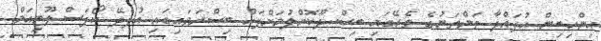
އިންހިބިން އުފައްދާ ތަންތަނުގެ ތެރޭގައި ބިސް ދޫކޮށްލުމަށްފަހު ބިސްރަވައިގައި އުފެދޭ ކޯޕަސް ލޫޓިއަމް